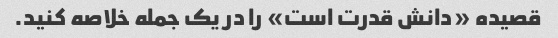
قصیده «دانش قدرت است» را در یک جمله خلاصه کنید.